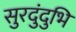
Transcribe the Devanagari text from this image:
सुरदुंदुभि